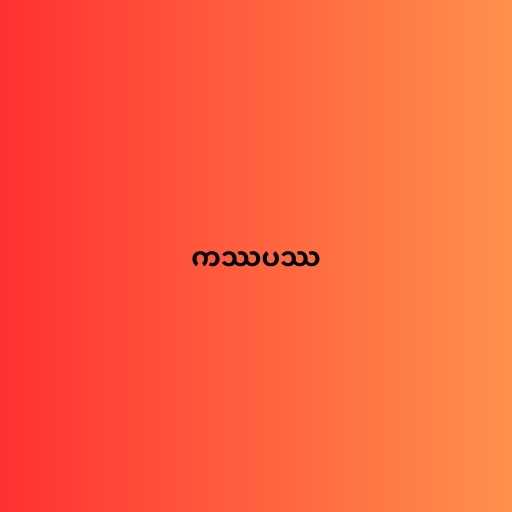
ကဿပဿ